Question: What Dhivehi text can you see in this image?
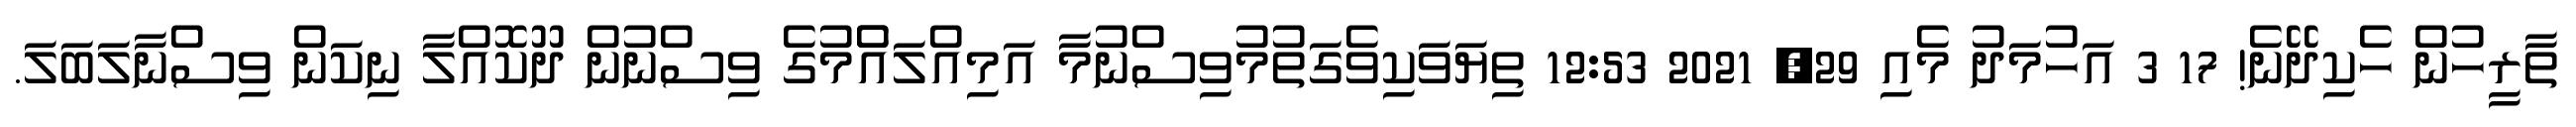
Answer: ތާރީހުން ހެކިދޭނެ! 17 3 އަހުމަދު މެއި 29, 2021 12:53 ތިޔަވަކިވެގަތުމުވިސްނުމާ އަމިއްލައެުމުގެ ވިސްނުން ދޫކޮއްލާ ނިކަން ވިސްނާލަބަލަ.